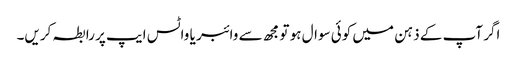
اگر آپ کے ذہن میں کوئی سوال ہو تو مجھ سے وائبر یا واٹس ایپ پر رابطہ کریں۔